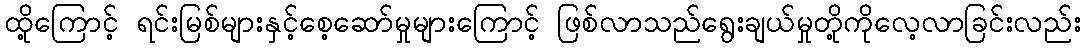
ထို့ကြောင့် ရင်းမြစ်များနှင့်စေ့ဆော်မှုများကြောင့် ဖြစ်လာသည်ရွေးချယ်မှုတို့ကိုလေ့လာခြင်းလည်း